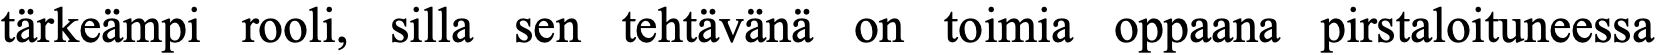
tärkeämpi rooli, silla sen tehtävänä on toimia oppaana pirstaloituneessa